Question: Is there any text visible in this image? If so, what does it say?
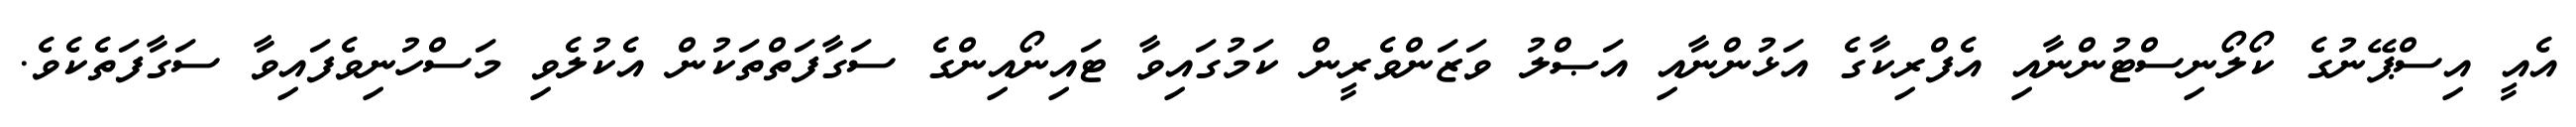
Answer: އެއީ އިސްޕޭނުގެ ކޯލޯނިސްޓުންނާއި އެފްރިކާގެ އަޅުންނާއި އަޞްލު ވަޒަންވެރީން ކަމުގައިވާ ޓައިނޯއިންގެ ސަގާފަތްތަކުން އެކުލެވި މަސްހުނިވެފައިވާ ސަގާފަތެކެވެ.